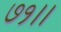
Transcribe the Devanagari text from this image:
७१।।